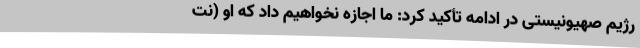
رژیم صهیونیستی در ادامه تأکید کرد: ما اجازه نخواهیم داد که او (نت